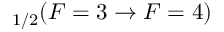
_ { 1 / 2 } ( F = 3 \rightarrow F = 4 )